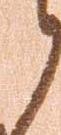
候